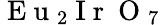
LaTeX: \mathrm{~E~u~}_{2}\mathrm{~I~r~}\mathrm{~O~}_{7}